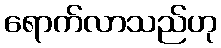
ရောက်လာသည်ဟု